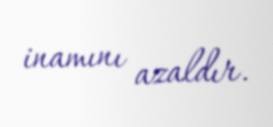
inamını azaldır.